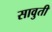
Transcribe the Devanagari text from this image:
सावुती